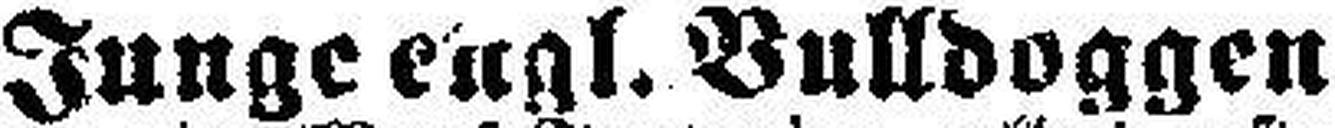
Junge engl. Bulldoggen